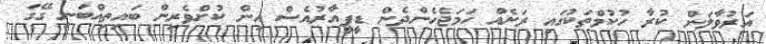
އަރުވާލަން ކުރާ ހުކުމްތަކުގައި ރަށެއް ހަމަޖެހެންދެން ޑީޕީއާރުއެސް އިން ކުށްވެރިން ބައިތިއްބަނީ ގޭގަ